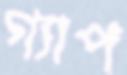
গ্যাপ